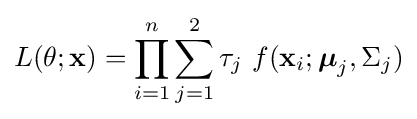
L(\theta ;\mathbf {x} )=\prod _{i=1}^{n}\sum _{j=1}^{2}\tau _{j}\ f(\mathbf {x} _{i};{\boldsymbol {\mu }}_{j},\Sigma _{j})